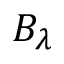
B _ { \lambda }